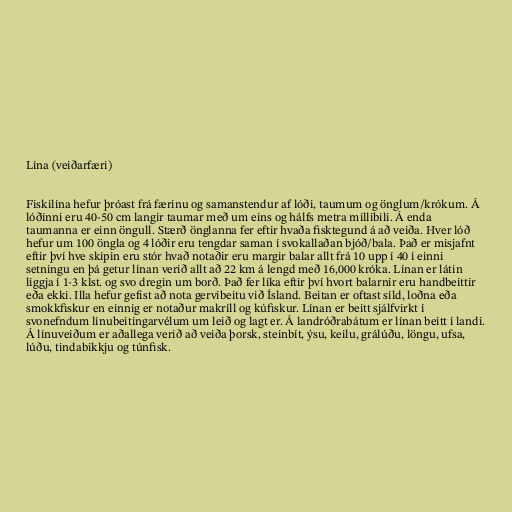
Lína (veiðarfæri)

Fiskilína hefur þróast frá færinu og samanstendur af lóði, taumum og önglum/krókum. Á
lóðinni eru 40-50 cm langir taumar með um eins og hálfs metra millibili. Á enda
taumanna er einn öngull. Stærð önglanna fer eftir hvaða fisktegund á að veiða. Hver lóð
hefur um 100 öngla og 4 lóðir eru tengdar saman í svokallaðan bjóð/bala. Það er misjafnt
eftir því hve skipin eru stór hvað notaðir eru margir balar allt frá 10 upp í 40 í einni
setningu en þá getur línan verið allt að 22 km á lengd með 16,000 króka. Línan er látin
liggja í 1-3 klst. og svo dregin um borð. Það fer líka eftir því hvort balarnir eru handbeittir
eða ekki. Illa hefur gefist að nota gervibeitu við Ísland. Beitan er oftast síld, loðna eða
smokkfiskur en einnig er notaður makríll og kúfiskur. Línan er beitt sjálfvirkt í
svonefndum línubeitingarvélum um leið og lagt er. Á landróðrabátum er línan beitt í landi.
Á línuveiðum er aðallega verið að veiða þorsk, steinbít, ýsu, keilu, grálúðu, löngu, ufsa,
lúðu, tindabikkju og túnfisk.